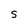
Character: S